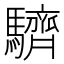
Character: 䮺